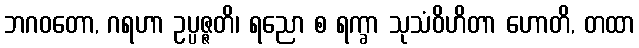
ဘဂဝတော, ဂရဟာ ဥပ္ပဇ္ဇတိ၊ ရညော စ ရက္ခာ သုသံဝိဟိတာ ဟောတိ, တထာ